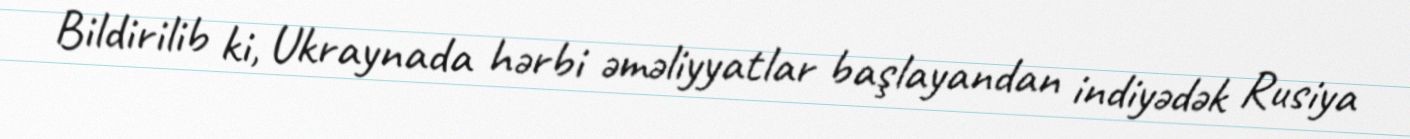
Bildirilib ki, Ukraynada hərbi əməliyyatlar başlayandan indiyədək Rusiya